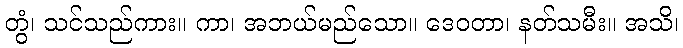
တွံ၊ သင်သည်ကား။ ကာ၊ အဘယ်မည်သော။ ဒေဝတာ၊ နတ်သမီး။ အသိ၊